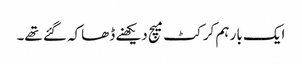
ایک بار ہم کرکٹ میچ دیکھنے ڈھاکہ گئے تھے۔